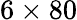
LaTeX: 6\times 80